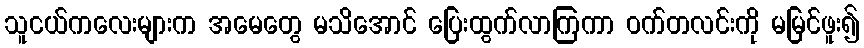
သူငယ်ကလေးများက အမေတွေ မသိအောင် ပြေးထွက်လာကြကာ ဝက်တလင်းကို မမြင်ဖူး၍